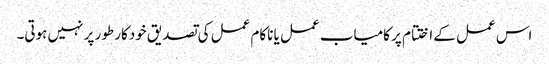
اس عمل کے اختتام پر کامیاب عمل یا ناکام عمل کی تصدیق خودکار طور پر نہیں ہوتی۔